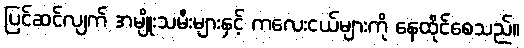
ပြင်ဆင်လျက် အမျိုးသမီးများနှင့် ကလေးငယ်များကို နေထိုင်စေသည်။